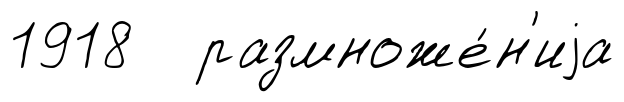
1918 размноже́н'иjа